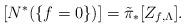
LaTeX: \begin{align*}[N^*(\{f=0\})]=\tilde{\pi}_*[Z_{f,\Lambda}].\end{align*}